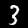
Digit: 3